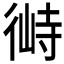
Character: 𱝶